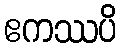
ဧကဿပိ